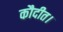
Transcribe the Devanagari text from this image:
कौदीत।